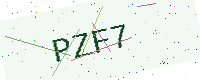
Text: PZF7